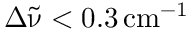
\Delta { \tilde { \upnu } } < 0 . 3 \, \mathrm { c m } ^ { - 1 }